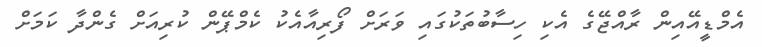
އެމްޑީއޭއިން ރާއްޖޭގެ އެކި ހިސާބުތަކުގައި ވަރަށް ފޯރިއާއެކު ކެމްޕޭން ކުރިއަށް ގެންދާ ކަމަށް